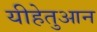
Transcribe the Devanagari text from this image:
यीहेतुआन